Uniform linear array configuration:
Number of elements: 48
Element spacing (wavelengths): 0.25
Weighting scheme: kaiser
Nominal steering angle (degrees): -45
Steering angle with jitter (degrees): -43.884
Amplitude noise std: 0.05
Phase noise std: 0.05

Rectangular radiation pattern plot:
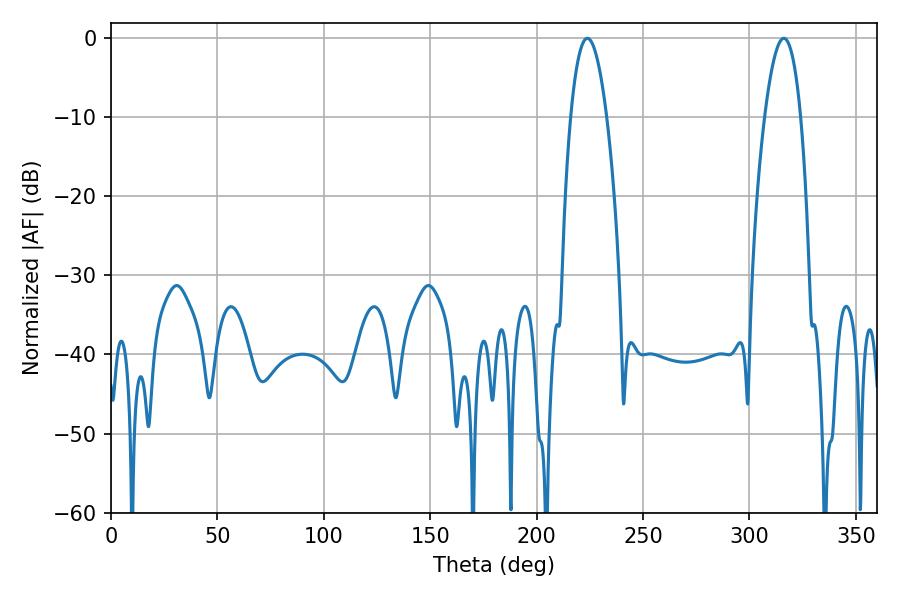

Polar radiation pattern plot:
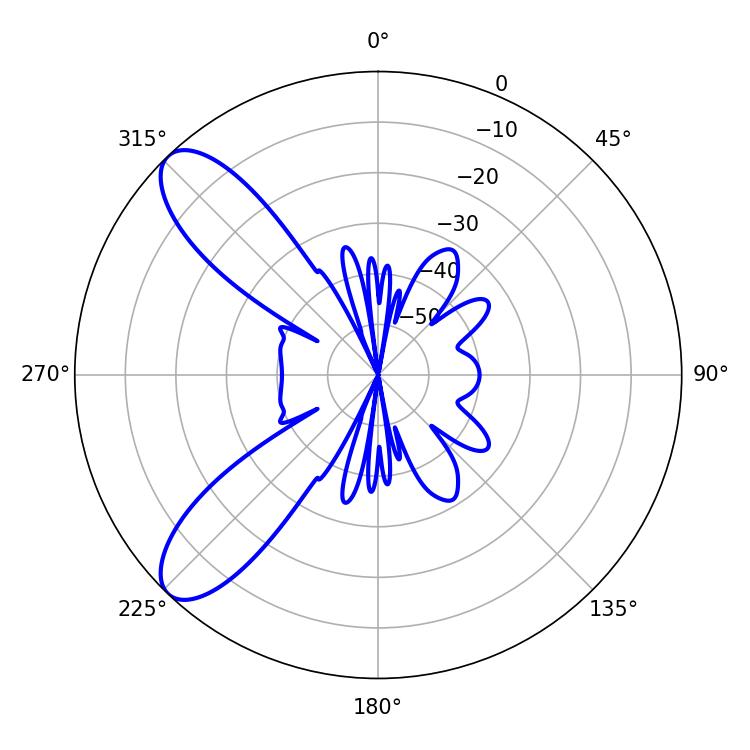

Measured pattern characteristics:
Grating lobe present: FALSE
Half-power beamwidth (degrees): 9.36
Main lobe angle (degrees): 223.92